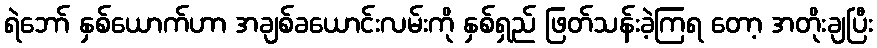
ရဲဘော် နှစ်ယောက်ဟာ အချစ်ခယောင်းလမ်းကို နှစ်ရှည် ဖြတ်သန်းခဲ့ကြရ တော့ အတိုးချပြီး